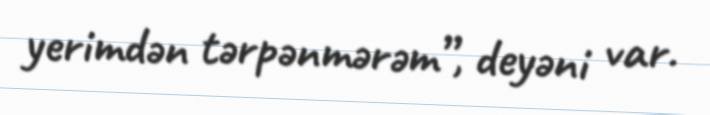
yerimdən tərpənmərəm”, deyəni var.